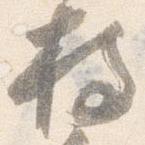
持